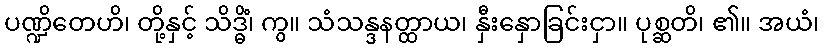
ပဏ္ဍိတေဟိ၊ တို့နှင့် သိဒ္ဓိံ၊ ကွ။ သံသန္ဒနတ္ထာယ၊ နှီးနှောခြင်းငှာ။ ပုစ္ဆတိ၊ ၏။ အယံ၊